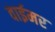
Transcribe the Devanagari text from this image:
वाईमर